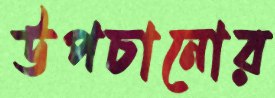
উপচানোর